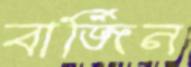
বার্জিন